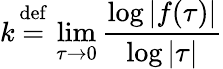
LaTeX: k\, {\stackrel{\mathrm{def}}{=}}\, \operatorname*{lim}_{\tau\to 0}{\frac{\log|f(\tau)|}{\log|\tau|}}